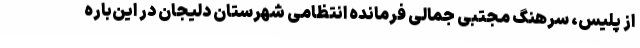
از پلیس، سرهنگ مجتبی جمالی فرمانده انتظامی شهرستان دلیجان در این‌باره